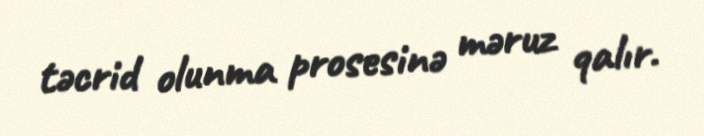
təcrid olunma prosesinə məruz qalır.